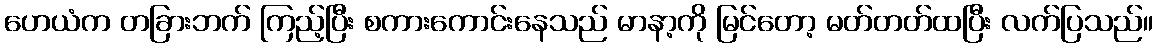
ဟေယံက တခြားဘက် ကြည့်ပြီး စကားကောင်းနေသည် မာနာ့ကို မြင်တော့ မတ်တတ်ထပြီး လက်ပြသည်။